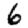
Digit: 6